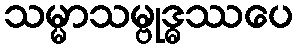
သမ္မာသမ္ဗုဒ္ဓဿပေ